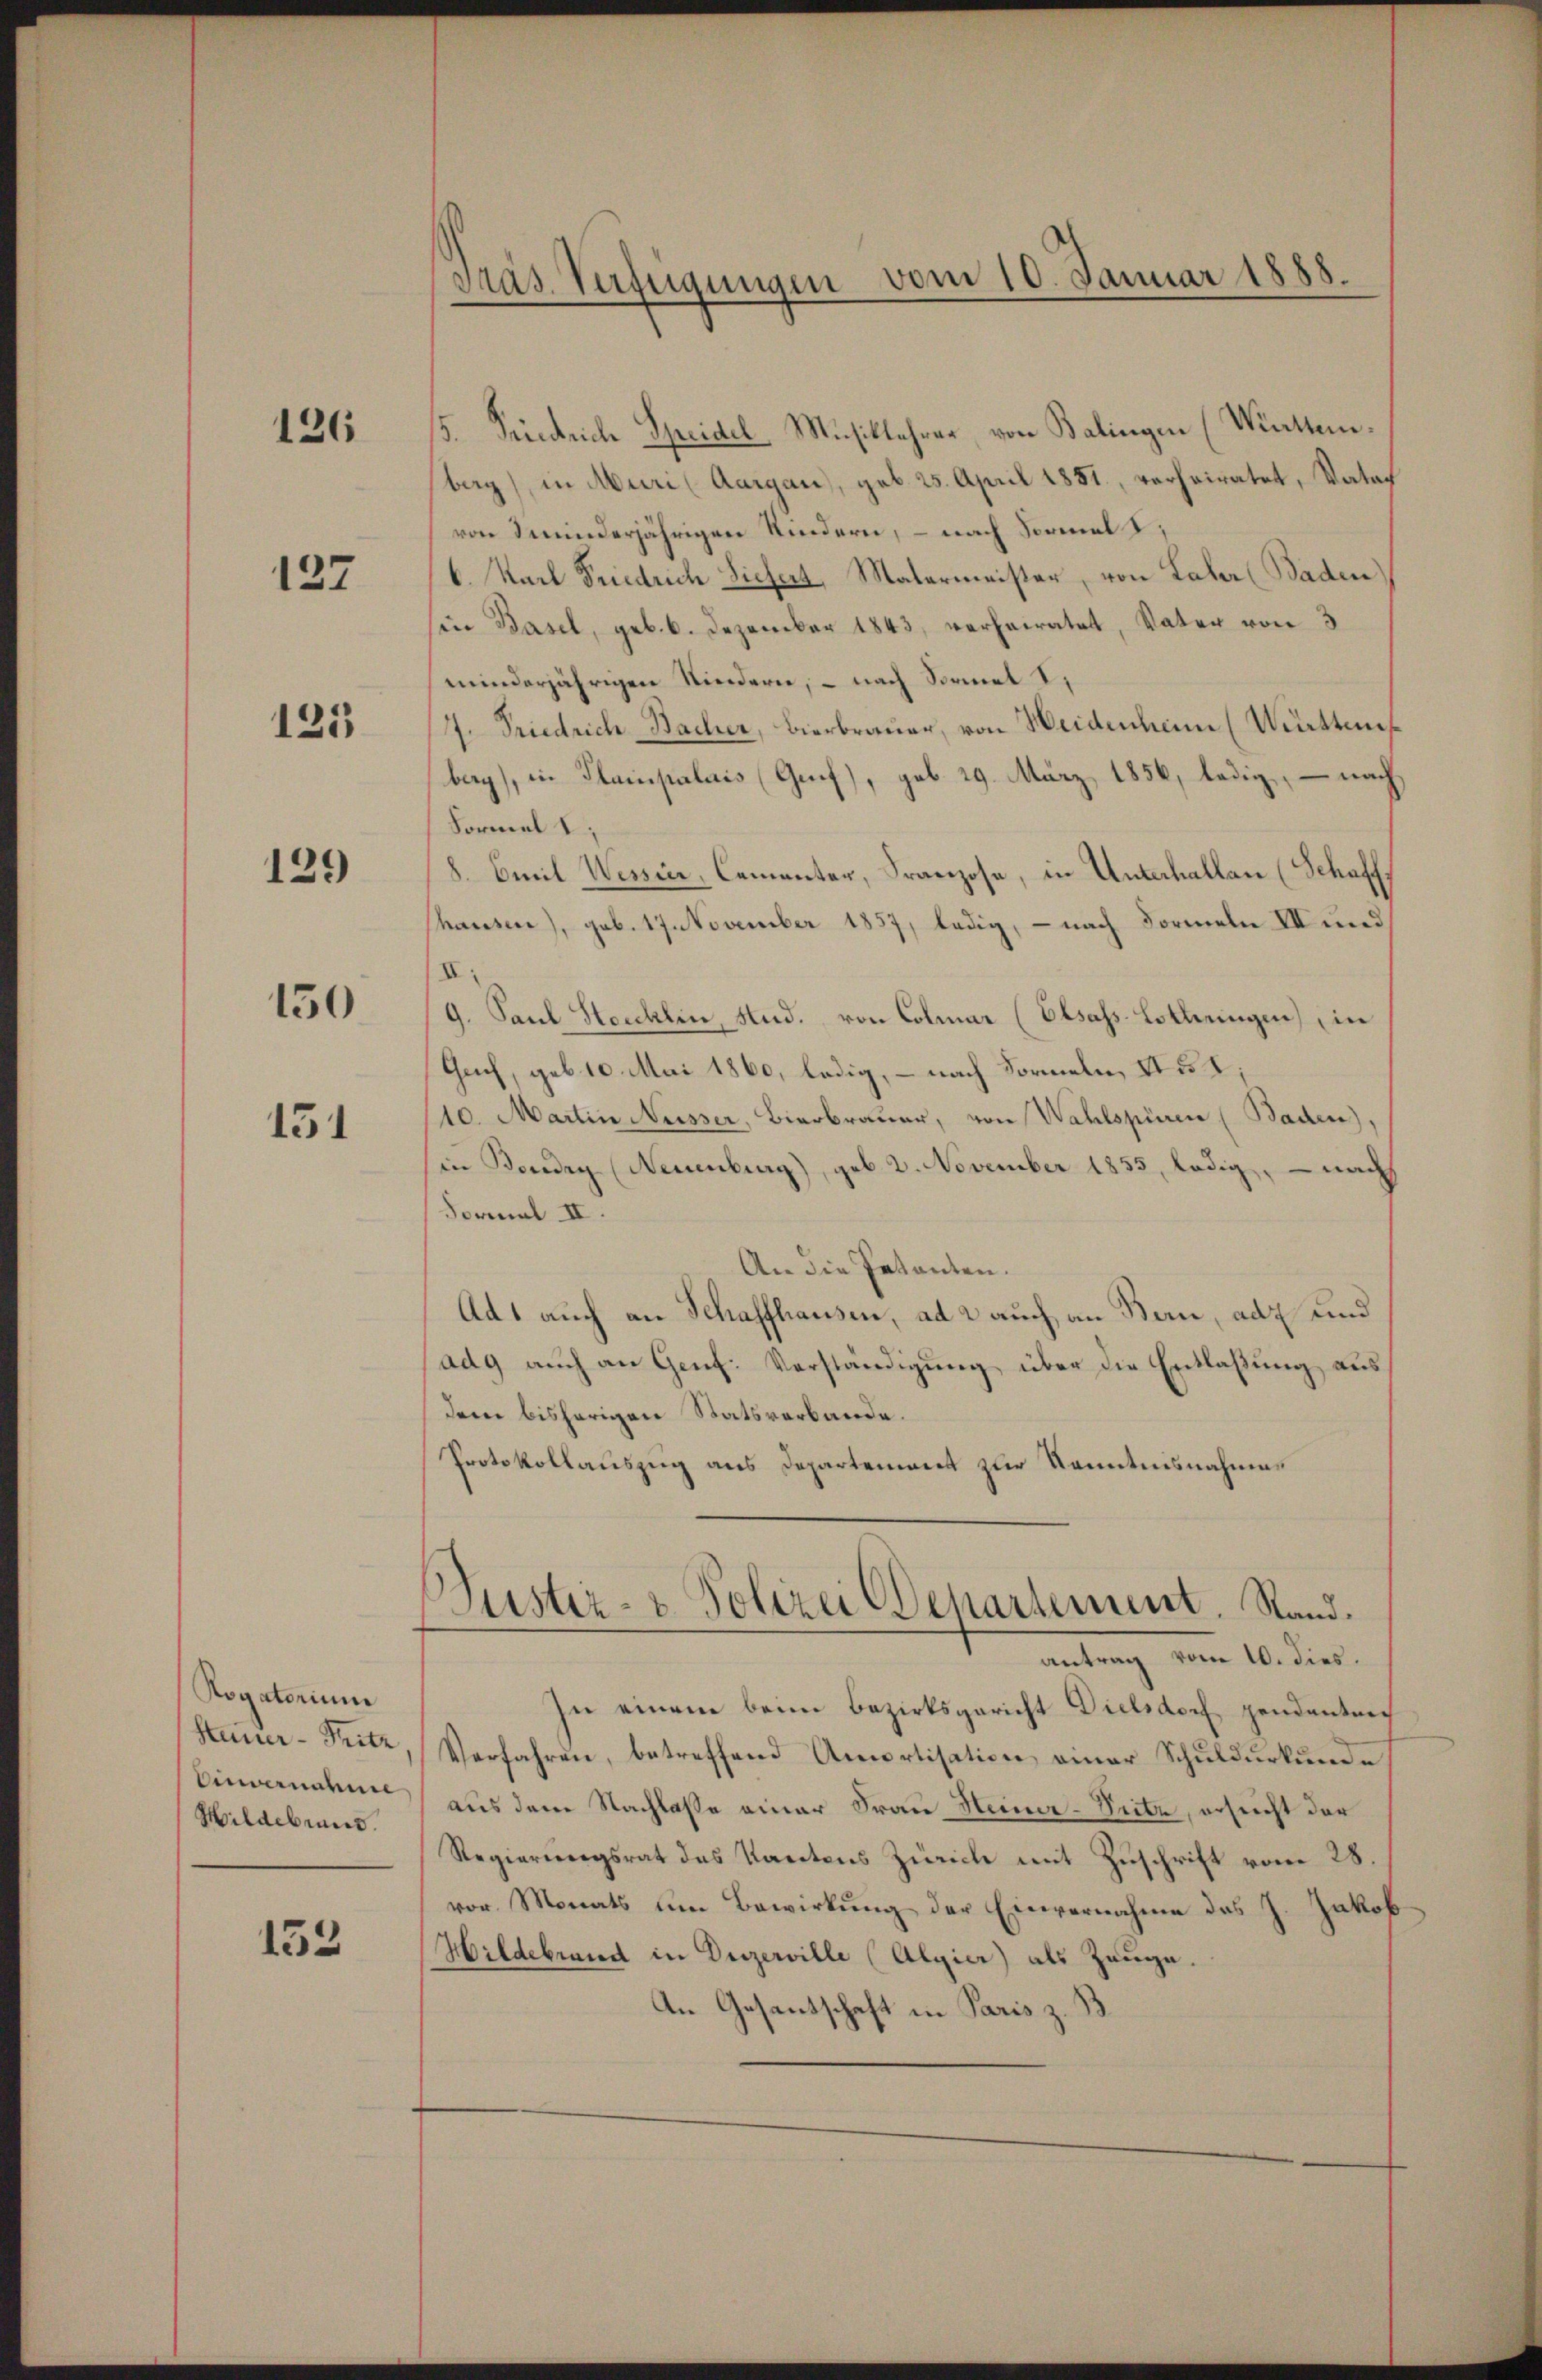
126

127

125

129

150

151

Rogatorium
Stainer-Pritz
Einvernahme
Hildebrannt.

152

Tras Verfügungen vom 10. Januar 1888.

5. Friedrich Speidel Musiklehrer, von Balingen (Wattembag), in Muri (Aargau, geb. 25. April 1851, verheiratet, Vater
von deinderjährigen Kindern, – nach Formal
6. Karl Friedrich Siefert, Malermeister, von Lahr (Baden
in Basel, geb. 6. Dezember 1843, verheiratet, Vater von 3
minderjährigen Kindern, – nach Sormel
4. Friedrich Bacher, Bierbrauer, von Heidenheim (Württem
berg), in Planpalais (Genf), geb. 29. März 1856, ledig, – nach
Formel 1;
8. Emil Wessier, Camentar, Franzose, in Unterhallen (Schaff
hausen), geb. 17. November 1857, ledig, – nach Formeln II und
II:
9. Paul Stocklin, Hud. von Colmar (Elsass-Lothringen) in
Gach, geb. 10. Mai 1860, ledig, – nach Formeln, No 2:
10. Martin Nüsser, Bierbrauer, von Wahlspüren (Baden),
in Boudry (Neuenburg), geb. 2. November 1855, ledig, — nach
Formal II.
An die Patanten.
Ad 1 auch an Schaffhausen, ad 2 auch an Bern, ad und
ad9 auch an Genf. Verständigung über die Entlaßung aus
dem bisherigen Statsverbande.
Protokollauszug aus Departement zur Kenntnisnahmen
Justiz- & Polizei Departement. Stand.
antrag vom 10. dies.
zu einem beim Bezirksgericht Dielsdorf pendant nich
Verfahren, betreffend Amortisation einer Schuldurkunde
aus dem Nachlasse einer Frau Heiner-Seite, ersucht der
Regierungsrat des Kantons Zürich mit Zuschrift vom 28.
vor. Monats um Bewirkung der Einvernahme des J. Jakob
Hildebrand in Dezerville (Algier) als Zeuge.
An Gesantschaft in Paris z. B.